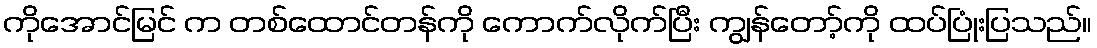
ကိုအောင်မြင် က တစ်ထောင်တန်ကို ကောက်လိုက်ပြီး ကျွန်တော့်ကို ထပ်ပြုံးပြသည်။